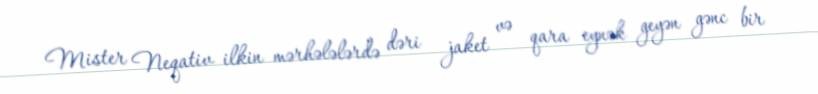
Mister Neqativ ilkin mərhələlərdə dəri jaket və qara eynək geyən gənc bir